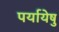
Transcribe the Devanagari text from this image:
पर्यायेषु